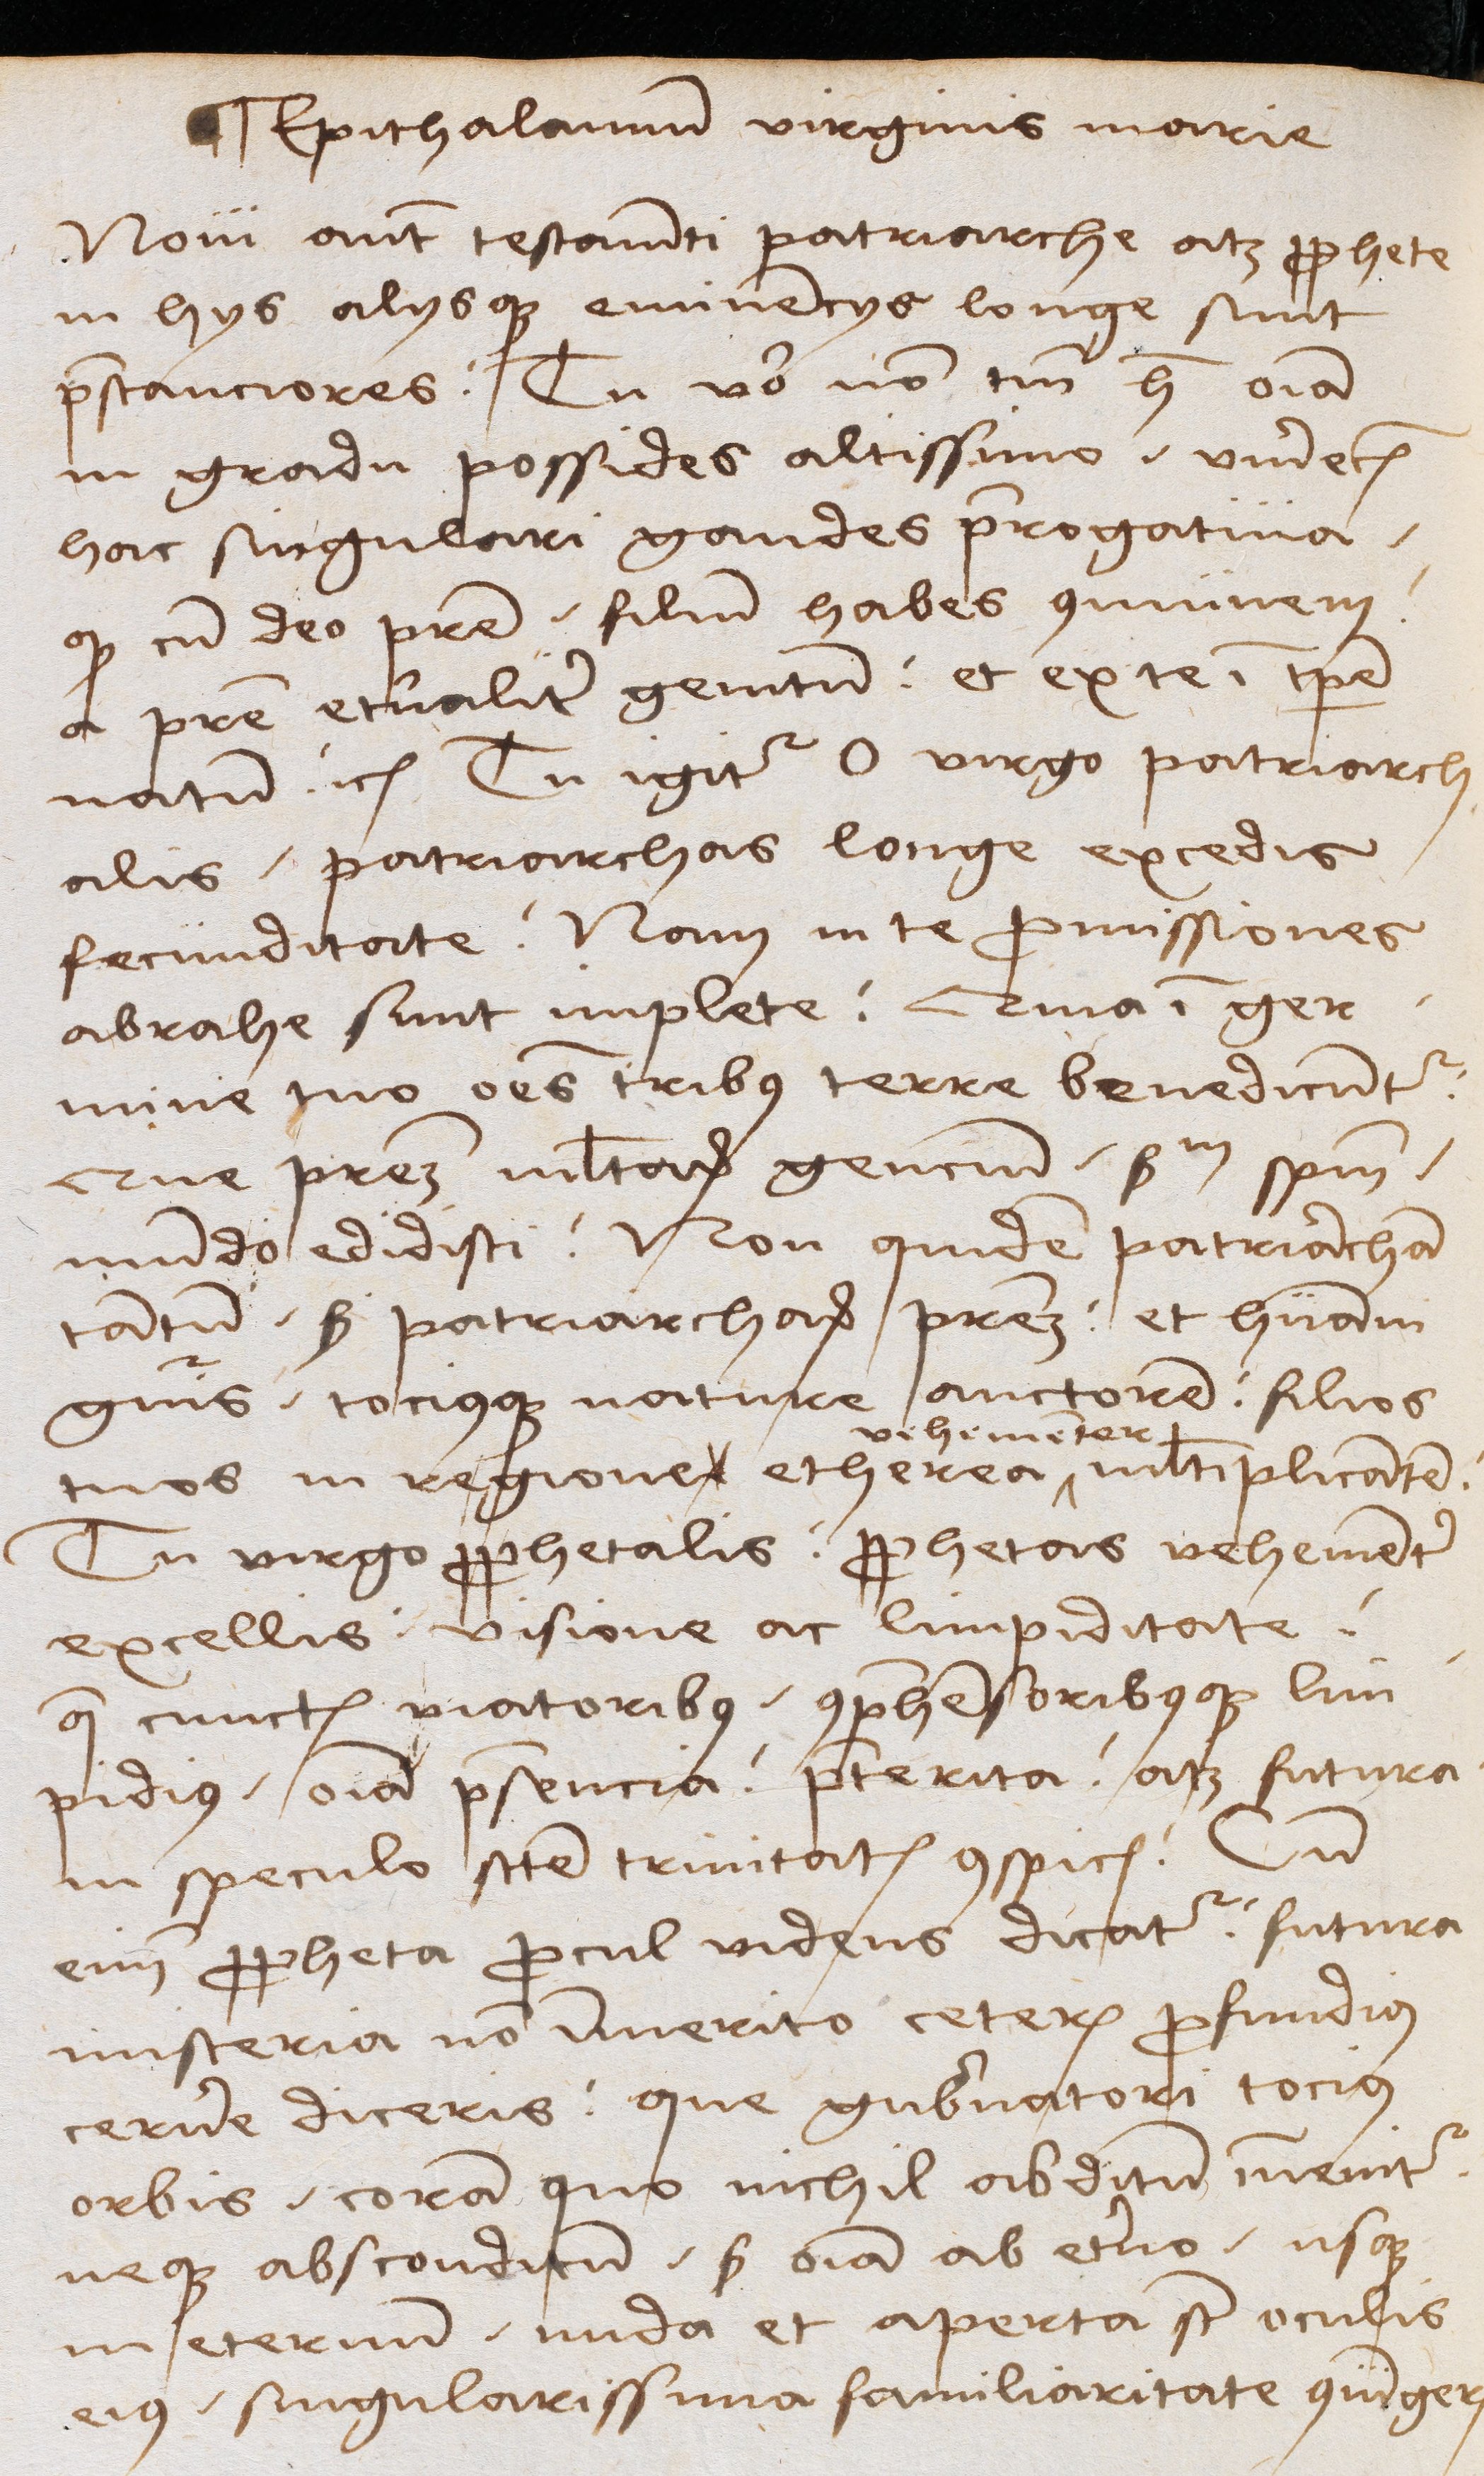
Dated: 1489–1489